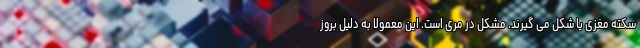
سکته مغزی یا شکل می گیرند. مشکل در مری است. این معمولا به دلیل بروز